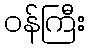
ဝန်ကြီး